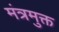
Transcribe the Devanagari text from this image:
मंत्रमुक्त